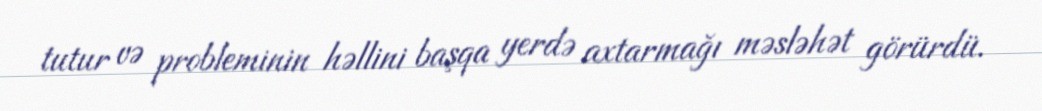
tutur və probleminin həllini başqa yerdə axtarmağı məsləhət görürdü.